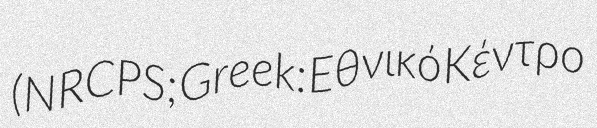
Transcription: (NRCPS; Greek: Εθνικό Κέντρο